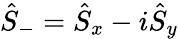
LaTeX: \hat{S}_{-}=\hat{S}_{x}-i\hat{S}_{y}